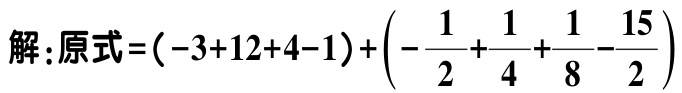
解：原式\(=(-3 + 12 + 4 - 1)+\left(-\dfrac{1}{2}+\dfrac{1}{4}+\dfrac{1}{8}-\dfrac{15}{2}\right)\)